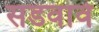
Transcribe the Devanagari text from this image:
सडवावे